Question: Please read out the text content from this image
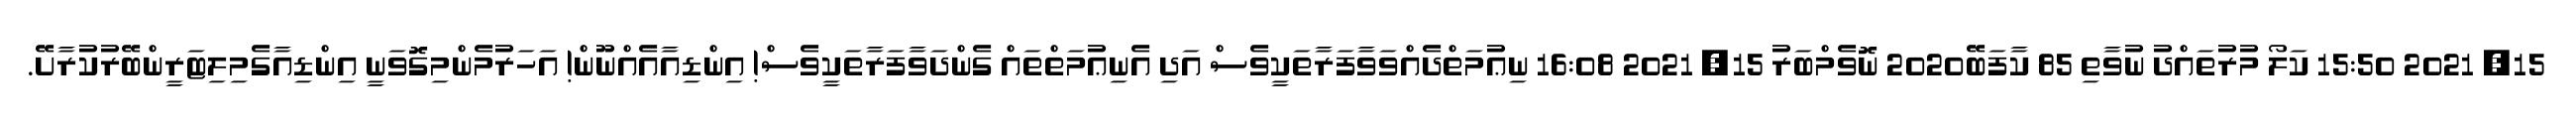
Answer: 15, 2021 15:50 ކަލޯ މުރުތައްދު ނުވާތި 85 ކާފަބޭ2020 ނޮވެމްބަރު 15, 2021 16:08 ނިޢުމަތްދެއްވަވާފަރާތަކީވެސް އަދި އެނިޢުމަތްތައް ގެންދަވާފަރާތަކީވެސް! އިންޑިއާއެއްނޫން! އަހަރުމެންމިގޮވަނީ އިންޑިއާގެމިލިޓަރީންބޭރުކުރާށޭ.